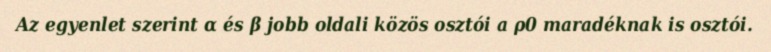
Az egyenlet szerint α és β jobb oldali közös osztói a ρ0 maradéknak is osztói.